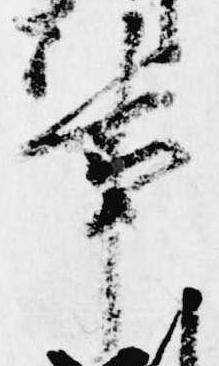
事